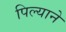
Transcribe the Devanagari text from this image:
पिल्याने